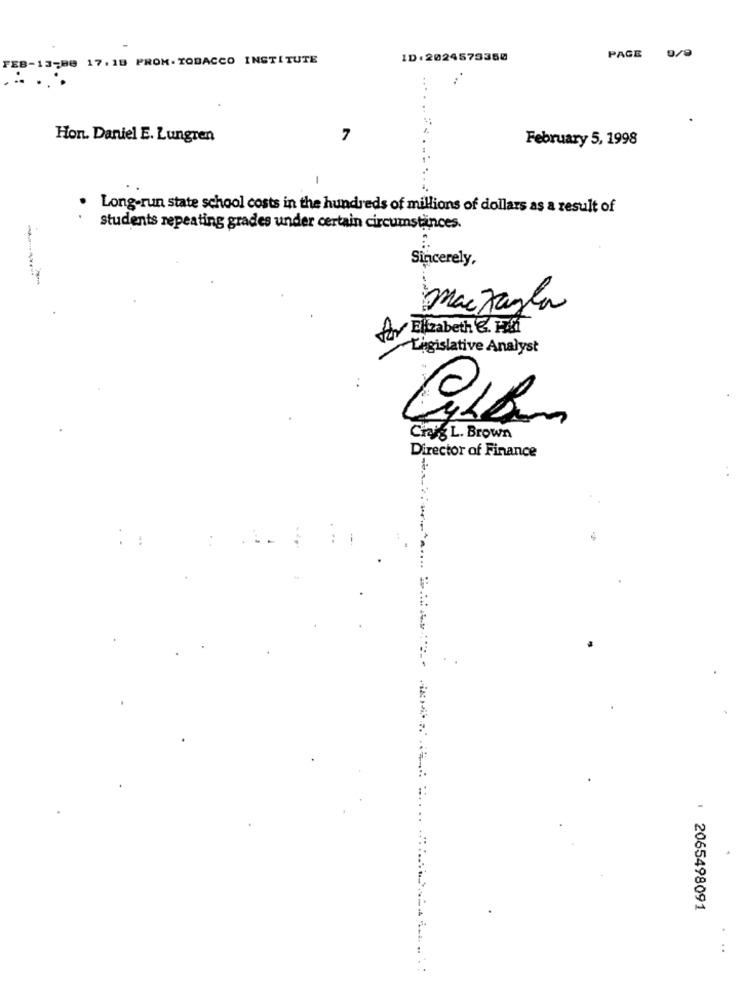
PAGE
0/9
J-Be 17. 18 PROM.TOBACCO INSTITUTE
ID:2024575350
Hon. Daniel E. Lungren
7
February 5, 1998
-
Long-run state school costs in the hundreds of millions of dollars as a result of
students repeating grades under certain circumstances.
Sincerely,
mackayla
Av Elizabeth &. Pdf
Legislative Analyst
Craig L. Brown
Director of Finance
4
: 2065498091